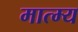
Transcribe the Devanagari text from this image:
मात्म्य